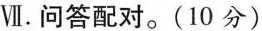
Ⅶ.问答配对.(10 分)